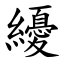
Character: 纋